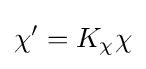
\chi '=K_{\chi }\chi